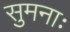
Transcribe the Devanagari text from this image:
सुमनाः